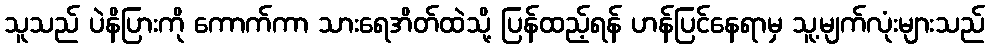
သူသည် ပဲနိပြားကို ကောက်ကာ သားရေအိတ်ထဲသို့ ပြန်ထည့်ရန် ဟန်ပြင်နေရာမှ သူ့မျက်လုံးများသည်